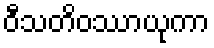
ဝီသတိဝဿာယုကာ